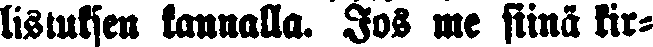
listuksen kannalla. Jos me siinä kir-